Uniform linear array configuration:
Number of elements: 24
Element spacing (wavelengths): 0.75
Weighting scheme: binomial
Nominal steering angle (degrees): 30
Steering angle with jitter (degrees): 29.638
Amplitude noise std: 0.05
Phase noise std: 0.05

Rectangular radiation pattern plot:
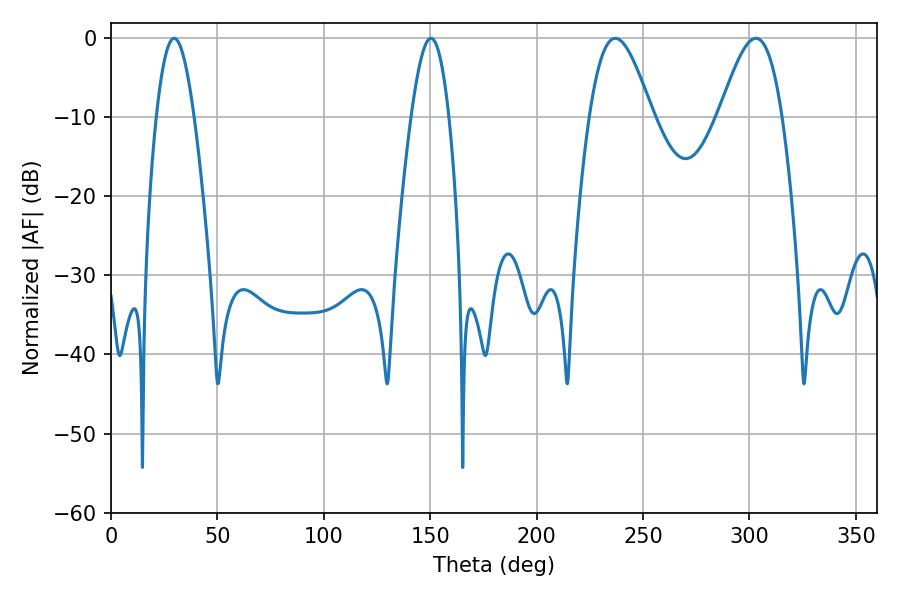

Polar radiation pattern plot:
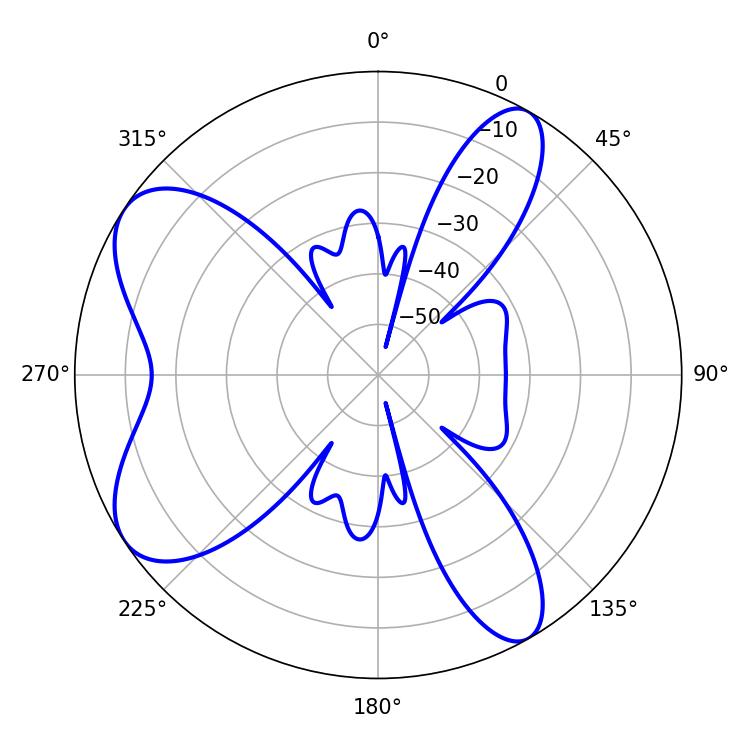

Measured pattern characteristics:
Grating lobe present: TRUE
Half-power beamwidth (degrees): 9.54
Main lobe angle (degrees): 29.7